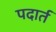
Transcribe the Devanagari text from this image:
पदार्त